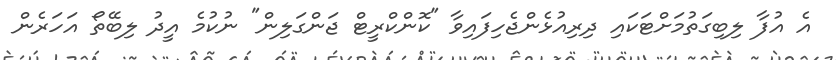
އެ އުފާ ލިބިގަތުމަށްޓަކައި ދިރިއުޅެންޖެހިފައިވާ "ކޮންކްރީޓް ޖަންގަލިން" ނުކުމެ އީދު ލިބޭތޯ އަހަރެން